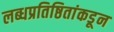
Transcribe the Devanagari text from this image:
लब्धप्रतिष्ठितांकडून